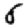
Digit: 6